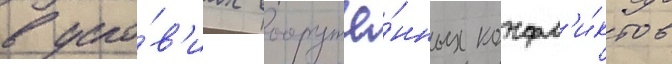
в усло́в'иах вооружё́нных конфл'и́ктов